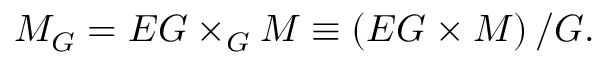
M _ { G } = E G \times _ { G } M \equiv \left( E G \times M \right) / G .